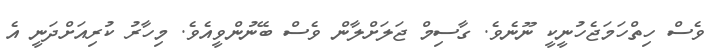
ވެސް ހިތްހަމަޖެހުނީކީ ނޫނެވެ. ގާސިމް ޖަލަށްލާން ވެސް ބޭނުންވީއެވެ. މިހާރު ކުރިއަށްދަނީ އެ